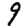
Digit: 9